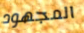
المجهود